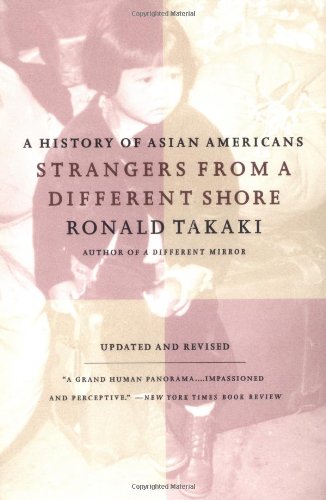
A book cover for Strangers from a Different Shore: A History of Asian Americans, Updated and Revised Edition; Ronald Takaki; History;